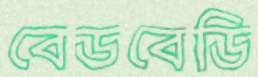
বেডবেডি